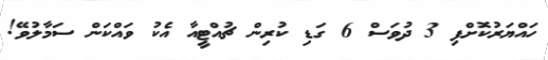
ހައްޔަރުކޮށްފި 3 ދުވަސް 6 ގަޑި ކުރިން ޗުއްޓީއާ އެކު ވައްކަން ސަމާލުވޭ!